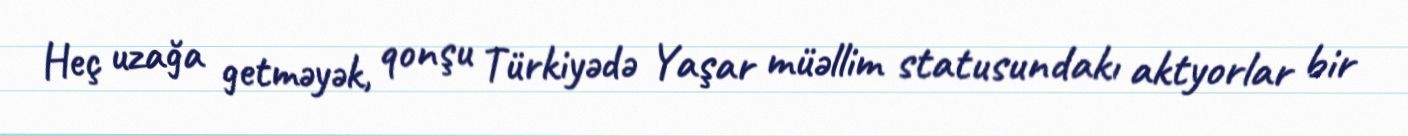
Heç uzağa getməyək, qonşu Türkiyədə Yaşar müəllim statusundakı aktyorlar bir